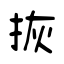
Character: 拻